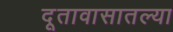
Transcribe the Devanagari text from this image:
दूतावासातल्या